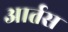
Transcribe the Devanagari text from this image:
आर्तस